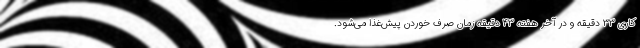
کاری ۳۳ دقیقه و در آخر هفته ۴۳ دقیقه زمان صرف خوردن پیش‌غذا می‌شود.